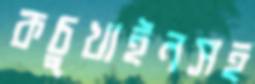
কচুখাইনসহ